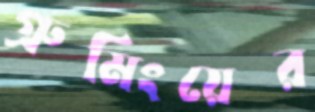
গ্রুমিংয়ের